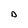
Character: D